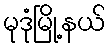
မုဒုံမြို့နယ်